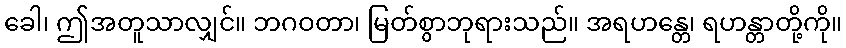
ခေါ၊ ဤအတူသာလျှင်။ ဘဂဝတာ၊ မြတ်စွာဘုရားသည်။ အရဟန္တေ၊ ရဟန္တာတို့ကို။